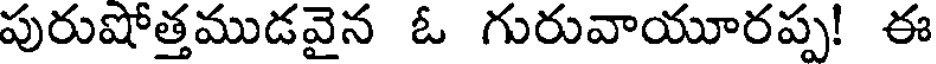
పురుషోత్తముడవైన ఓ గురువాయూరప్ప! ఈ